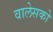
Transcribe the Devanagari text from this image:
वालेसको